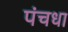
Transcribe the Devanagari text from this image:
पंचधा